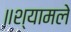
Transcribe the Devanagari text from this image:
॥श्यामले